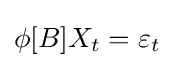
\phi [B]X_{t}=\varepsilon _{t}